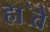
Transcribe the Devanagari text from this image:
हा॓ते